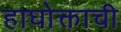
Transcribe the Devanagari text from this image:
हाघोक्ताची